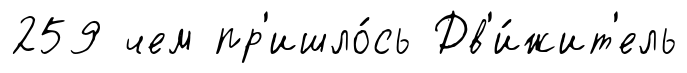
259 чем пр'ишло́сь Дв'и́жит'ель